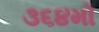
૩૬૪મો